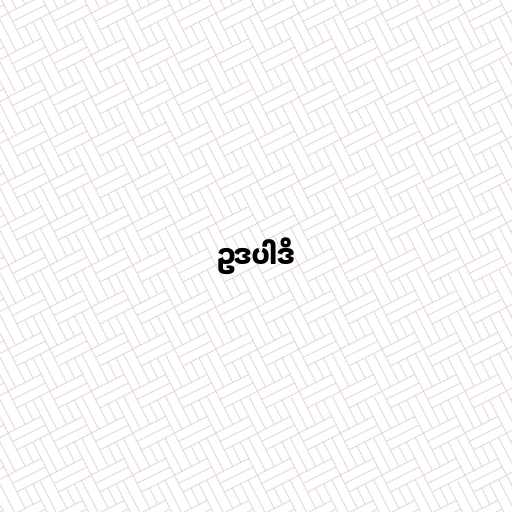
ဥဒပါဒိ